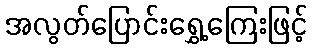
အလွတ်ပြောင်းရွှေ့ကြေးဖြင့်